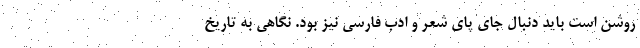
روشن است باید دنبال جای پای شعر و ادب فارسی نیز بود. نگاهی به تاریخ